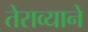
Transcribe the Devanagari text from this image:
तेराव्याने